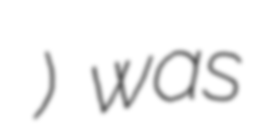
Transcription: އާދީއްތަ މަހާރަދުން) was